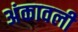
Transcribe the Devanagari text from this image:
अंकावली